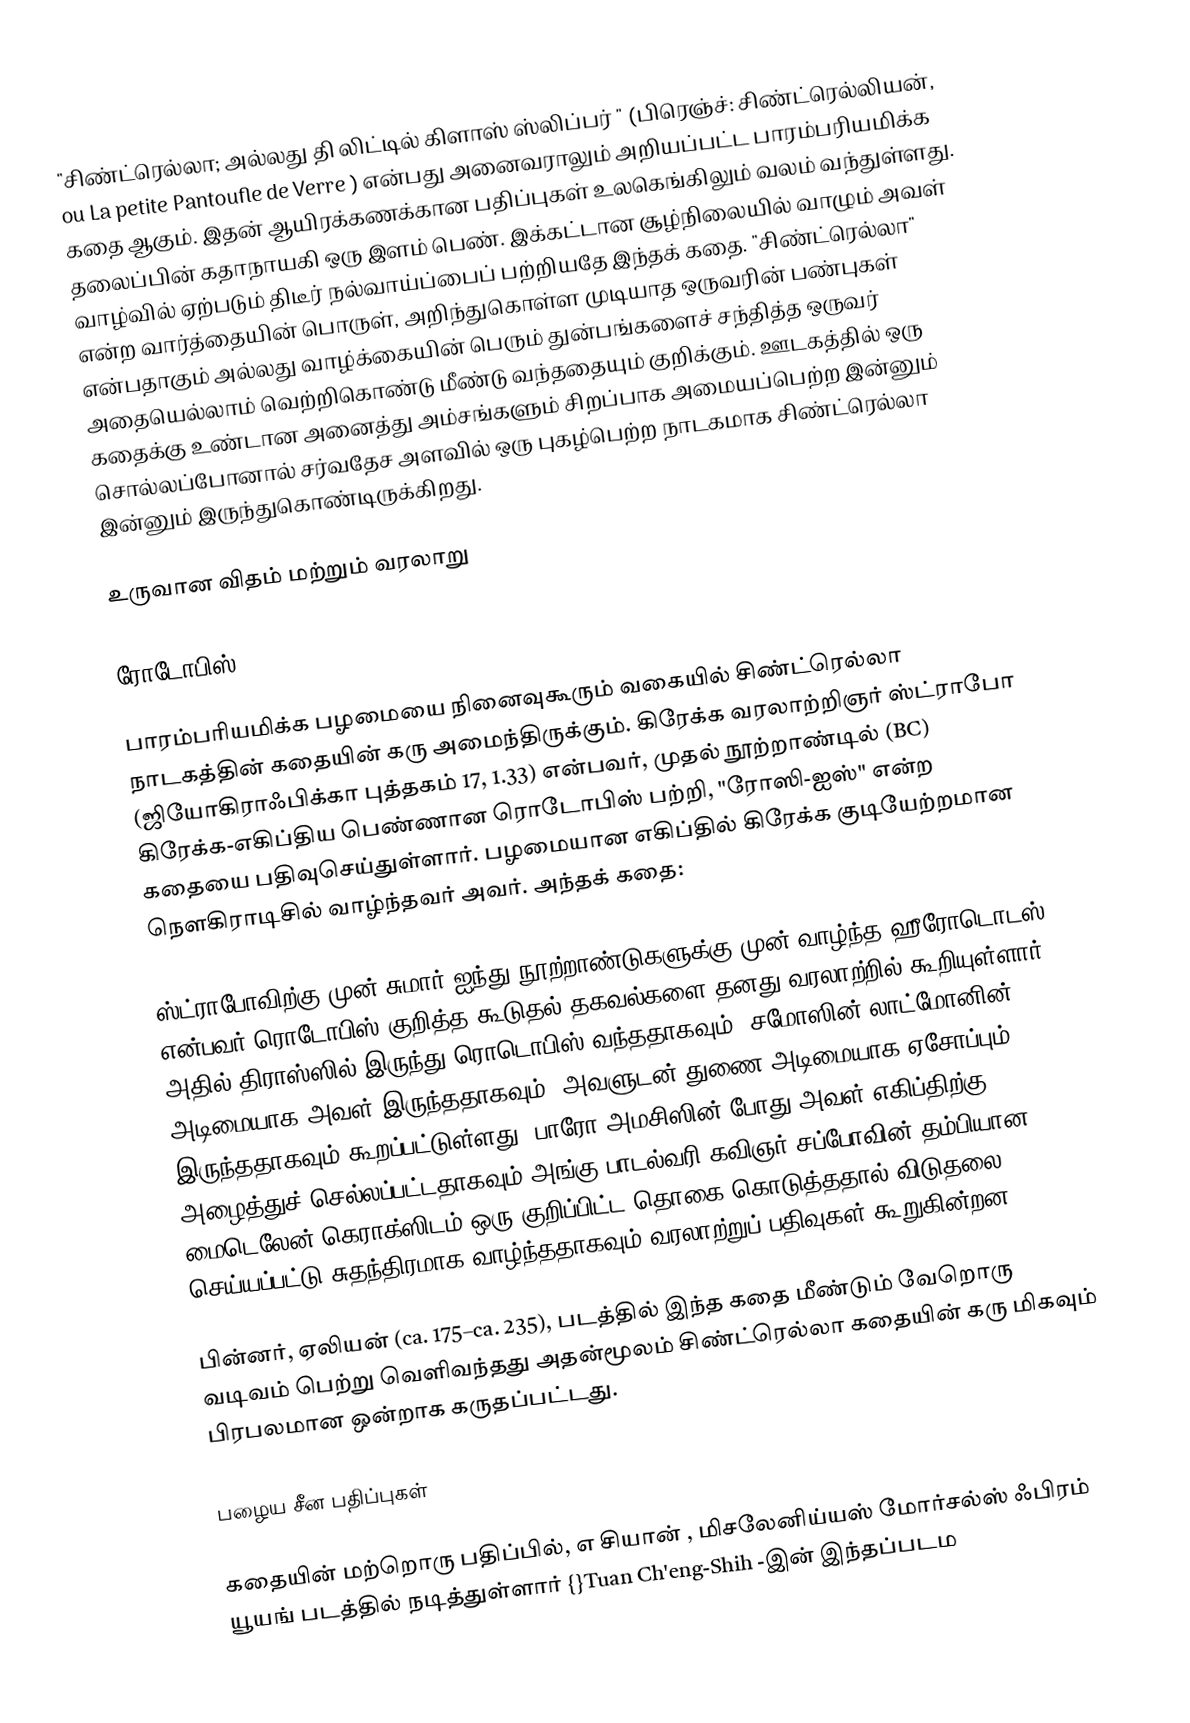
"சிண்ட்ரெல்லா; அல்லது தி லிட்டில் கிளாஸ் ஸ்லிப்பர் " (பிரெஞ்ச்: சிண்ட்ரெல்லியன், ou La petite Pantoufle de Verre ) என்பது அனைவராலும் அறியப்பட்ட பாரம்பரியமிக்க கதை ஆகும். இதன் ஆயிரக்கணக்கான பதிப்புகள் உலகெங்கிலும் வலம் வந்துள்ளது. தலைப்பின் கதாநாயகி ஒரு இளம் பெண். இக்கட்டான சூழ்நிலையில் வாழும் அவள் வாழ்வில் ஏற்படும் திடீர் நல்வாய்ப்பைப் பற்றியதே இந்தக் கதை. "சிண்ட்ரெல்லா" என்ற வார்த்தையின் பொருள், அறிந்துகொள்ள முடியாத ஒருவரின் பண்புகள் என்பதாகும் அல்லது வாழ்க்கையின் பெரும் துன்பங்களைச் சந்தித்த ஒருவர் அதையெல்லாம் வெற்றிகொண்டு மீண்டு வந்ததையும் குறிக்கும். ஊடகத்தில் ஒரு கதைக்கு உண்டான அனைத்து அம்சங்களும் சிறப்பாக அமையப்பெற்ற இன்னும் சொல்லப்போனால் சர்வதேச அளவில் ஒரு புகழ்பெற்ற நாடகமாக சிண்ட்ரெல்லா இன்னும் இருந்துகொண்டிருக்கிறது.

உருவான விதம் மற்றும் வரலாறு

ரோடோபிஸ்

பாரம்பரியமிக்க பழமையை நினைவுகூரும் வகையில் சிண்ட்ரெல்லா நாடகத்தின் கதையின் கரு அமைந்திருக்கும். கிரேக்க வரலாற்றிஞர் ஸ்ட்ராபோ (ஜியோகிராஃபிக்கா புத்தகம் 17, 1.33) என்பவர், முதல் நூற்றாண்டில் (BC) கிரேக்க-எகிப்திய பெண்ணான ரொடோபிஸ் பற்றி, "ரோஸி-ஐஸ்" என்ற கதையை பதிவுசெய்துள்ளார். பழமையான எகிப்தில் கிரேக்க குடியேற்றமான நௌகிராடிசில் வாழ்ந்தவர் அவர். அந்தக் கதை:

ஸ்ட்ராபோவிற்கு முன் சுமார் ஐந்து நூற்றாண்டுகளுக்கு முன் வாழ்ந்த ஹீரோடொடஸ் என்பவர் ரொடோபிஸ் குறித்த கூடுதல் தகவல்களை தனது வரலாற்றில் கூறியுள்ளார். அதில் திராஸ்ஸில் இருந்து ரொடொபிஸ் வந்ததாகவும், சமோஸின் லாட்மோனின் அடிமையாக அவள் இருந்ததாகவும், அவளுடன் துணை அடிமையாக ஏசோப்பும் இருந்ததாகவும் கூறப்பட்டுள்ளது. பாரோ அமசிஸின் போது அவள் எகிப்திற்கு அழைத்துச் செல்லப்பட்டதாகவும் அங்கு பாடல்வரி கவிஞர் சப்போவின் தம்பியான மைடெலேன் கெராக்ஸிடம் ஒரு குறிப்பிட்ட தொகை கொடுத்ததால் விடுதலை செய்யப்பட்டு சுதந்திரமாக வாழ்ந்ததாகவும் வரலாற்றுப் பதிவுகள் கூறுகின்றன.

பின்னர், ஏலியன் (ca. 175–ca. 235), படத்தில் இந்த கதை மீண்டும் வேறொரு வடிவம் பெற்று வெளிவந்தது அதன்மூலம் சிண்ட்ரெல்லா கதையின் கரு மிகவும் பிரபலமான ஒன்றாக கருதப்பட்டது.

பழைய சீன பதிப்புகள்

கதையின் மற்றொரு பதிப்பில், எ சியான் , மிசலேனிய்யஸ் மோர்சல்ஸ் ஃபிரம் யூயங் படத்தில் நடித்துள்ளார் {}Tuan Ch'eng-Shih -இன் இந்தப்படம